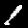
Label: 1